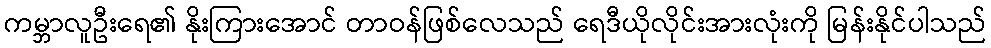
ကမ္ဘာလူဦးရေ၏ နိုးကြားအောင် တာဝန်ဖြစ်လေသည် ရေဒီယိုလိုင်းအားလုံးကို မြန်းနိုင်ပါသည်